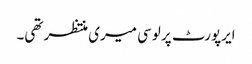
ایرپورٹ پر لوسی میری منتظر تھی۔